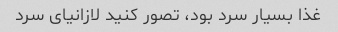
غذا بسیار سرد بود، تصور کنید لازانیای سرد